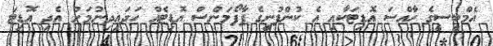
އެމްބީސީގެ ހާއްސަ އޮޑިޓަކާއި އެ ކުންފުނީގެ ޕާފޯމަންސް އޮޑިޓެއް ހަދައިދިނުމަށް އެދި އޮޑިޓަ